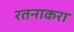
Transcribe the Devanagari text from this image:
रतनाकरा